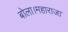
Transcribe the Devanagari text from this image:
बोला।महाराजा